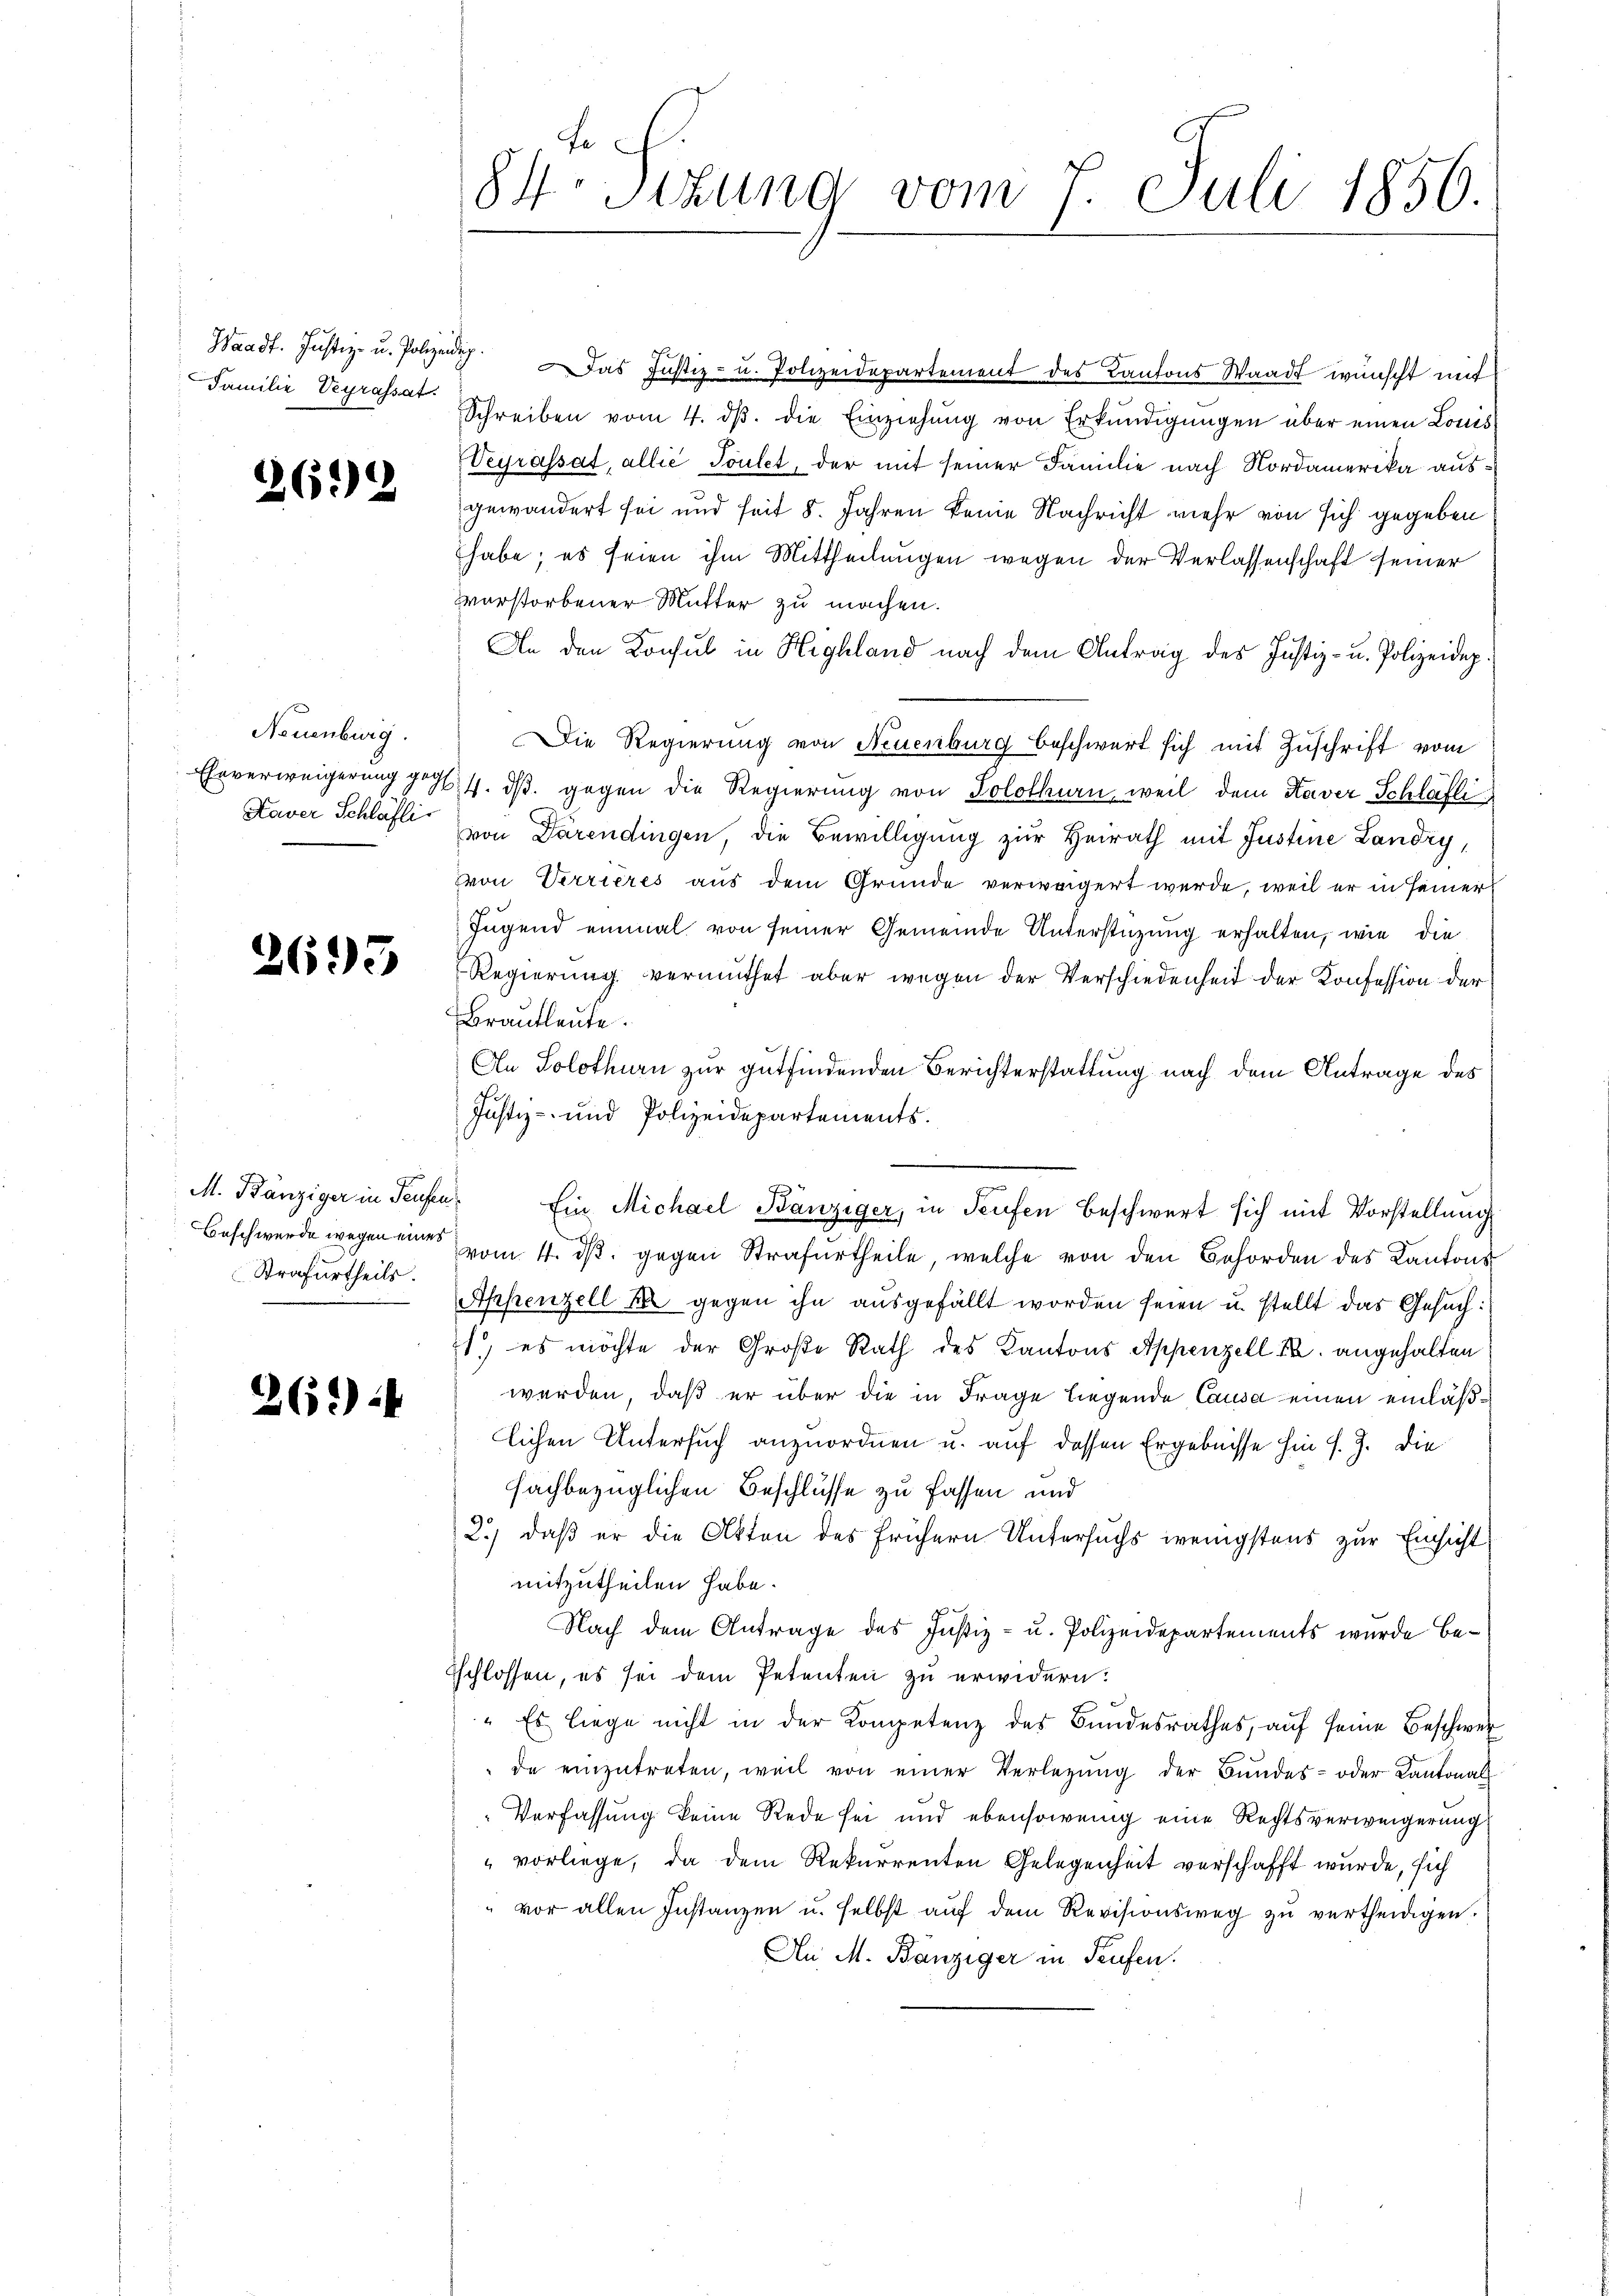
Familie Vegrassat

2699

Neuenburg.

2695

M. Bänziger in Teufen
Strafurtheils.

26.)

Waadt. Justiz- u. Polizen. Das Justiz- u. Polizeidepartement des Kantons Waadt wünscht mit
Schreiben vom 4. dβ. die Einziehŭng von Erkŭndigŭngen über einen Louis
Vegrassat, allie Toutet, der mit seiner Familie nach Nordamerika ausgewändert sei und seit 8. Jahren keine Nachricht mehr von sich gegeben
habe; es seien ihm Mittheilungen wegen der Verlassenschaft seiner
vorstorbener Mutter zu machen.
An den Konsul in Highland nach dem Antrag des Justiz- u. Polizeidep
Die Regierung von Neuenburg beschwert sich mit Zuschrift vom
Eheverweigerung geht 4. dβ. gegen die Regierung von Solothurn, weil dem Haver Schläfti
Kaver Schläft von Darendingen, die Bewilligung zur Heirath mit Justine Landry,
von Verrieres aus dem Grunde verweigert werde, weil er in seiner
Jugend einmal von seiner Gemeinde Unterstüzung erhalten, wie die
Regierung vermuthet aber wegen der Verschiedenheit der Konfession der
Brautleute.
An Solothurn zur gutfindenden Berichterstattung nach dem Antrage des
Justiz- und Polizeidepartements.
Ein Michael Bänziger, in Teufen beschwert sich mit Vorstellung
Beschwerde wegen eines vom 4. dβ. gegen Strafurtheile, welche von den Behörden des Kantons
Appenzell 10 gegen ihn ausgefällt worden seien u. stellt das Gesuch:
1) es möchte der Große Rath des Kantons Appenzell I. angehalten
werden, daß er über die in Frage liegende Causa einen einläßlichen Untersuch anzuordnen u. auf dessen Ergebnisse hin s. Z. die
fachbezüglichen Beschlüsse zu fassen und
2.) daß er die Akten des frühern Untersuchs wenigstens zur Einsicht
mitzutheilen habe.
Nach dem Antrage des Justiz- u. Polizeidepartements wurde besschlossen, es sei dem Petenten zu erwidern.

" Es liege nicht in der Kompetenz des Bundesrathes, auf seine Beschwer
de einzŭtreten, weil von einer Verlegŭng der Bŭndes- oder Kantonal
Verfassung keine Rede sei und ebensowenig eine Rechtsverweigerung
vorliege, da dem Rekurrenten Gelegenheit verschafft wurde, sich
" vor allen Instanzen u. selbst aŭf dem Revisionsweg zŭ vertheidigen.
An M. Bänziger in Teufen.

te
84. Sitzung vom 7. Juli 1856.